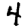
Digit: 4